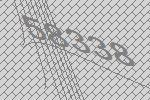
58338